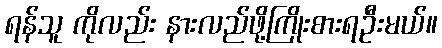
ရန်သူ ကိုလည်း နားလည်ဖို့ကြိုးစားရဦးမယ်။